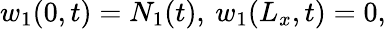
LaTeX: w_{1}(0,t)=N_{1}(t),\: w_{1}(L_{x},t)=0,